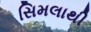
સિમલાથી